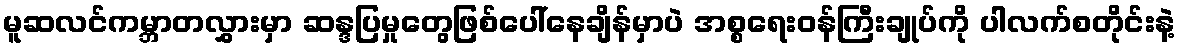
မူဆလင်ကမ္ဘာတလွှားမှာ ဆန္ဒပြမှုတွေဖြစ်ပေါ်နေချိန်မှာပဲ အစ္စရေးဝန်ကြီးချုပ်ကို ပါလက်စတိုင်းနဲ့